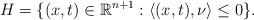
LaTeX: \begin{align*}H=\{(x,t)\in\mathbb{R}^{n+1}:\langle(x,t),\nu\rangle\leq0\}.\end{align*}